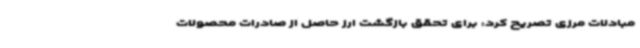
مبادلات مرزی تصریح کرد: برای تحقق بازگشت ارز حاصل از صادرات محصولات